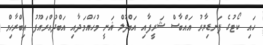
ހައި ކޯޓުގެ ފަނޑިޔާރު އައްބާސް ޝަރީފާއި އަބްދުލް ޣަނީ މުހައްމަދާއި އަބްދުއްރައޫފު އިބްރާހިމް